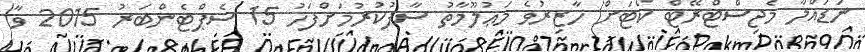
ނަޑައްލާ މެޖިސްޓްރޭޓް ކޯޓަށް ހާޒިރުވެ މަޢުލޫމާތު ސާފުކުރުމަށްފަހު 15 ސެޕްޓެންބަރު 2015 ވާ